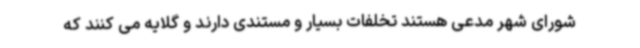
شورای شهر مدعی هستند تخلفات بسیار و مستندی دارند و گلایه می کنند که